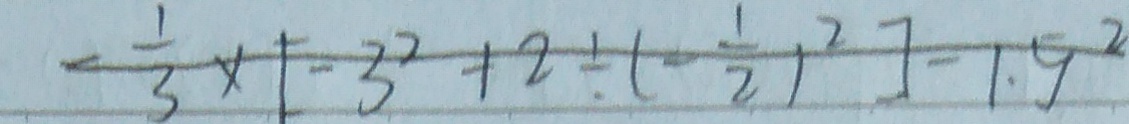
- \frac { 1 } { 3 } \times [ - 3 ^ { 2 } + 2 \div ( - \frac { 1 } { 2 } ) ^ { 2 } ] - 1 \cdot 9 ^ { 2 }